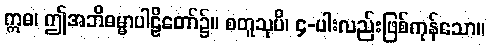
ဣဓ၊ ဤအဘိဓမ္မာပါဠိတော်၌။ စတူသုပိ၊ ၄-ပါးလည်းဖြစ်ကုန်သော။